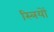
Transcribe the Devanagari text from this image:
स्‍त्रियों